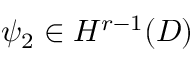
\psi _ { 2 } \in H ^ { r - 1 } ( D )